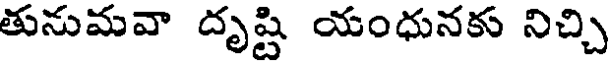
తునుమవా దృష్టి యంధునకు నిచ్చి